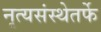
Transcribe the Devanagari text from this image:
नृत्यसंस्थेतर्फे